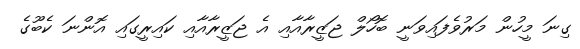
ގިނަ މީހުން މަރުވެފައިވަނީ ބޮހޯލް ޖަޒީރާއާއި އެ ޖަޒީރާއާއި ކައިރީގައި އޮންނަ ކެބޫގެ